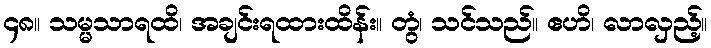
၄၈။ သမ္မသာရထိ၊ အချင်းရထားထိန်း။ တွံ၊ သင်သည်။ ဧဟိ၊ လာလှည့်။